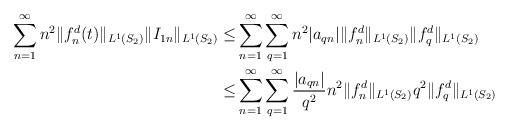
LaTeX: \begin{align*}\sum_{n=1}^{\infty}n^2\Vert f_n^d(t) \Vert_{L^1(S_2)}\Vert I_{1n} \Vert_{L^1(S_2)}\leq &\sum_{n=1}^{\infty}\sum_{q=1}^{\infty}n^2\vert a_{qn} \vert\Vert f_n^d \Vert_{L^1(S_2)}\Vert f_q^d \Vert_{L^1(S_2)}\\\leq &\sum_{n=1}^{\infty}\sum_{q=1}^{\infty}\dfrac{\vert a_{qn} \vert}{q^2}n^2\Vert f_n^d \Vert_{L^1(S_2)}q^2 \Vert f_q^d \Vert_{L^1(S_2)}\end{align*}